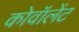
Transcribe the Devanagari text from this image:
कोवॉलेंट